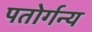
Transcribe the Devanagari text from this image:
पतोर्गन्य